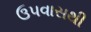
ઉપવાસથી